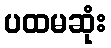
ပထမဆုံး